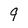
Character: 9